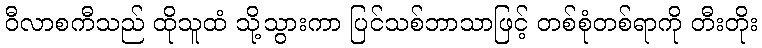
ဝီလာစကီသည် ထိုသူထံ သို့သွားကာ ပြင်သစ်ဘာသာဖြင့် တစ်စုံတစ်ရာကို တီးတိုး